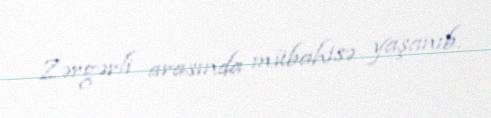
Zərgərli arasında mübahisə yaşanıb.